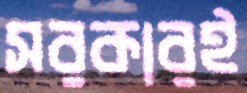
সরকারই